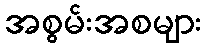
အစွမ်းအစများ